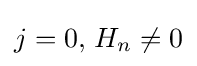
j=0,\,H_{n}\neq 0